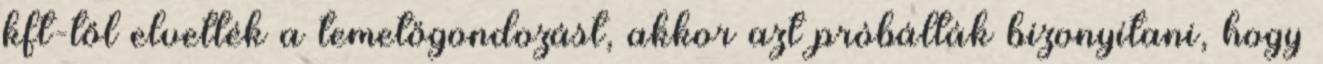
kft-től elvették a temetőgondozást, akkor azt próbálták bizonyítani, hogy